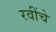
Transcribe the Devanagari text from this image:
रवींचे